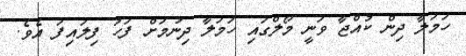
ހަމަލާ ދިން ކުއްޖާ ވަނީ މޯލްގައި ހަމަލާ ދިނުމަށް ފަހު ފިލައިފަ އެވެ.